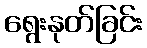
ရွေးနုတ်ခြင်း